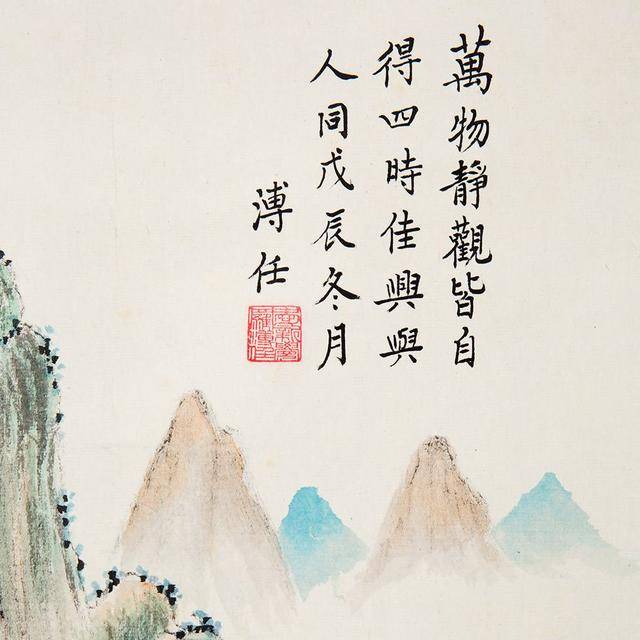
万物静观皆自得，四时佳兴与人同。